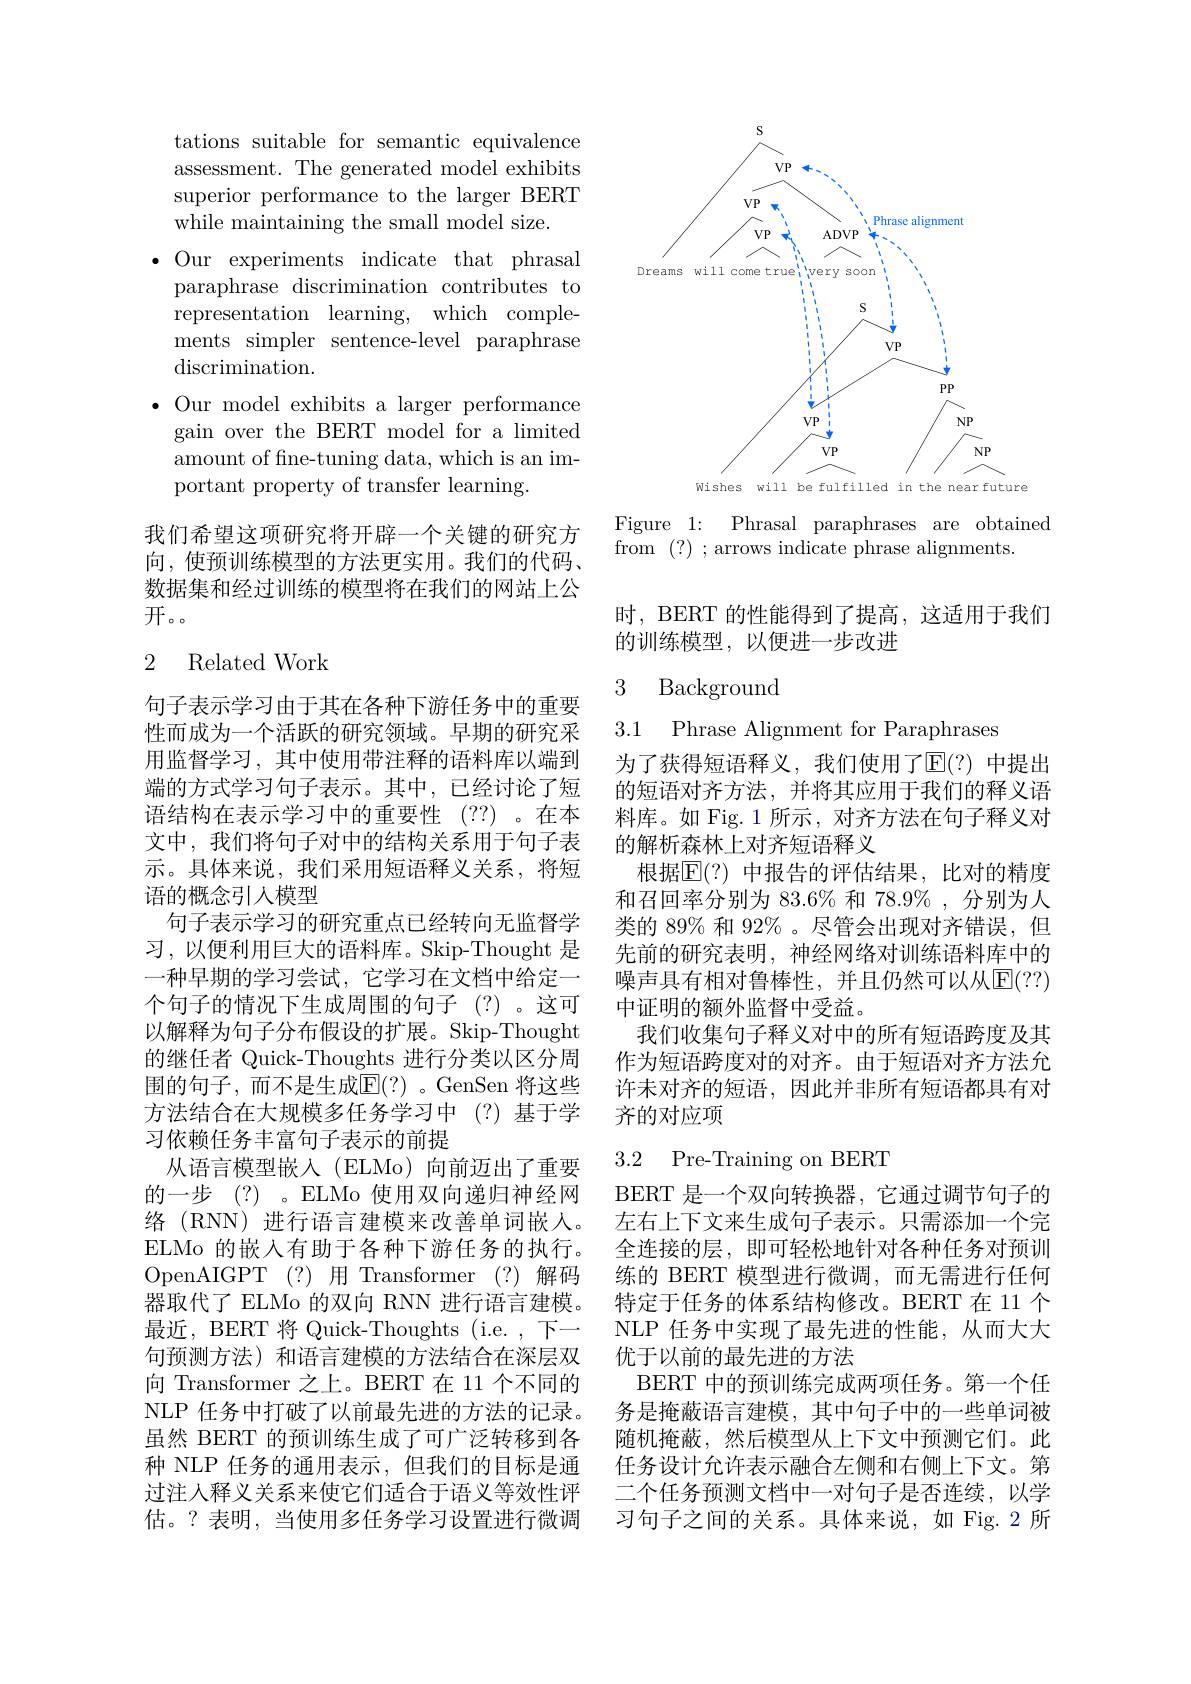
tations suitable for semantic equivalence assessment. The generated model exhibits superior performance to the larger BERT while maintaining the small model size.
$\bullet$ Our experiments indicate that phrasal paraphrase discrimination contributes to representation learning, which complements simpler sentence-level paraphrase discrimination.
$\bullet$ Our model exhibits a larger performance
gain over the BERT model for a limited amount of fine-tuning data, which is an important property of transfer learning.

我们希望这项研究将开辟一个关键的研究方向，使预训练模型的方法更实用。我们的代码， 数据集和经过训练的模型将在我们的网站上公开。。

### 2 Related Work

句子表示学习由于其在各种下游任务中的重要性而成为一个活跃的研究领域。早期的研究采用监督学习，其中使用带注释的语料库以端到端的方式学习句子表示。其中，已经讨论了短语结构在表示学习中的重要性(??)。在本文中，我们将句子对中的结构关系用于句子表示。具体来说，我们采用短语释义关系，将短语的概念引人模型
句子表示学习的研究重点已经转向无监督学习，以便利用巨大的语料库。Skip-Thought 是一种早期的学习尝试，它学习在文档中给定一个句子的情况下生成周围的句子(?)。这可以解释为句子分布假设的扩展。Skip-Thought 的继任者 Quick-Thoughts 进行分类以区分周围的句子，而不是生成E(?)。GenSen 将这些方法结合在大规模多任务学习中(?)基于学习依赖任务丰富句子表示的前提
从语言模型嵌入(ELMo)向前迈出了重要的一步 (?)。ELMo 使用双向递归神经网络(RNN)进行语言建模来改善单词嵌人。ELMo 的嵌入有助于各种下游任务的执行。OpenAIGPT(?)用 Transformer(?)解码器取代了 ELMo 的双向 RNN 进行语言建模。最近，BERT 将 Quick-Thoughts (i.e. , 下一句预测方法)和语言建模的方法结合在深层双向 Transformer 之上。BERT 在 11 个不同的NLP 任务中打破了以前最先进的方法的记录。虽然 BERT 的预训练生成了可广泛转移到各种 NLP 任务的通用表示，但我们的目标是通过注人释义关系来使它们适合于语义等效性评估。?表明，当使用多任务学习设置进行微调

<FigureHere>

Figure 1: Phrasal paraphrases are obtained
from (?) ; arrows indicate phrase alignments.

时，BERT 的性能得到了提高，这适用于我们
的训练模型，以便进一步改进

## 3 Background

3.1 Phrase Alignment for Paraphrases
为了获得短语释义，我们使用了$\overline{\mathbb{E}}(?)$ 中提出的短语对齐方法，并将其应用于我们的释义语料库。如 Fig. 1 所示，对齐方法在句子释义对的解析森林上对齐短语释义
根据$\mathbb{E}(?)$ 中报告的评估结果，比对的精度和召回率分别为 83.6% 和 78.9% , 分别为人类的 89% 和 92% 。尽管会出现对齐错误，但先前的研究表明，神经网络对训练语料库中的噪声具有相对鲁棒性，并且仍然可以从$\operatorname{E}(??)$ 中证明的额外监督中受益。
我们收集句子释义对中的所有短语跨度及其作为短语跨度对的对齐。由于短语对齐方法允许未对齐的短语，因此并非所有短语都具有对齐的对应项

### 3.2 Pre-Training on BERT

BERT 是一个双向转换器，它通过调节句子的左右上下文来生成句子表示。只需添加一个完全连接的层，即可轻松地针对各种任务对预训练的 BERT 模型进行微调，而无需进行任何特定于任务的体系结构修改。BERT 在 11 个NLP 任务中实现了最先进的性能，从而大大优于以前的最先进的方法
BERT 中的预训练完成两项任务。第一个任务是掩蔽语言建模，其中句子中的一些单词被随机掩蔽，然后模型从上下文中预测它们。此任务设计允许表示融合左侧和右侧上下文。第二个任务预测文档中一对句子是否连续，以学习句子之间的关系。具体来说，如 Fig. 2 所